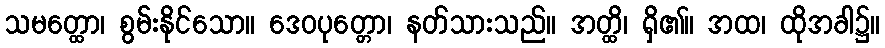
သမတ္ထော၊ စွမ်းနိုင်သော။ ဒေဝပုတ္တော၊ နတ်သားသည်။ အတ္ထိ၊ ရှိ၏။ အထ၊ ထိုအခါ၌။